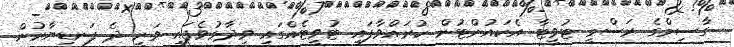
ގާސިމްގެ ރަސްމީ ޓުވީޓާ އެކައުންޓުން ކުރައްވާފައި ޓުވީޓެއްގައި ވިދާޅުވެފައި ވަނީ ދެ ފަނޑިޔާރުން